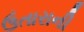
ઉતારાની